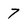
Character: 7